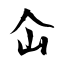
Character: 屳